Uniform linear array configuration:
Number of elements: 4
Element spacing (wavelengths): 1
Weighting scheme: blackman
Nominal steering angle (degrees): -15
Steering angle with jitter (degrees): -15.09
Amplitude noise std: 0.05
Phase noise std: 0.05

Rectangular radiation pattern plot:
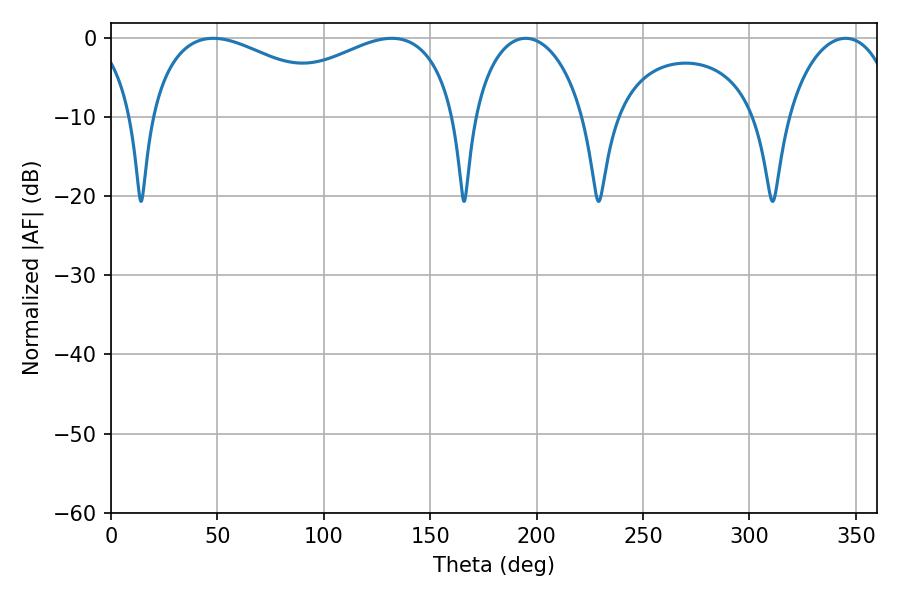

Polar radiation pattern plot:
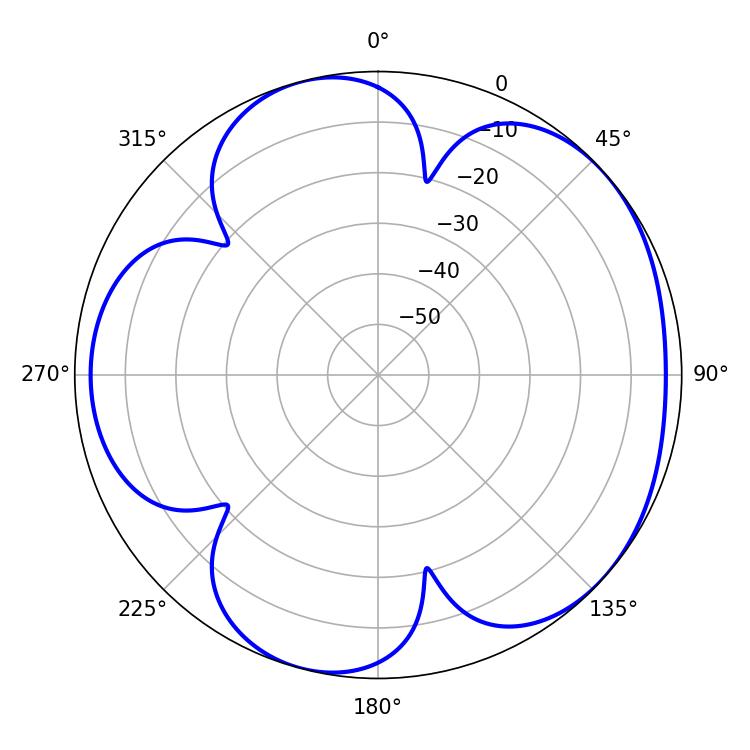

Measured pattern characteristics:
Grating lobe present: TRUE
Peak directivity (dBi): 4.808
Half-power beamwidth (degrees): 54.9
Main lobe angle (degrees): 48.06